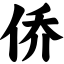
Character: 侨